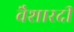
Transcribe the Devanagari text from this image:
वैशारदी